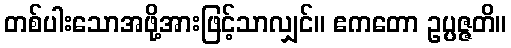
တစ်ပါးသောအဖို့အားဖြင့်သာလျှင်။ ဧကတော ဥပ္ပဇ္ဇတိ။